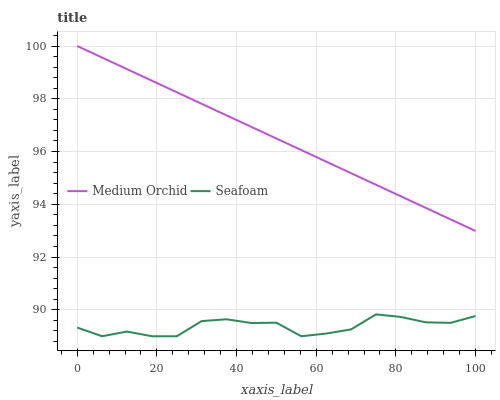
| xaxis_label | Medium Orchid | Seafoam |
 | --- | --- | --- |
 | 0 | 100 | 89.3 |
 | 6.25 | 99.6 | 89 |
 | 12.5 | 99.1 | 89.2 |
 | 18.8 | 98.7 | 89 |
 | 25 | 98.2 | 89 |
 | 31.2 | 97.8 | 89.6 |
 | 37.5 | 97.4 | 89.6 |
 | 43.8 | 96.9 | 89.5 |
 | 50 | 96.5 | 89.5 |
 | 56.2 | 96.1 | 89 |
 | 62.5 | 95.6 | 89.1 |
 | 68.8 | 95.2 | 89.3 |
 | 75 | 94.7 | 89.8 |
 | 81.2 | 94.3 | 89.7 |
 | 87.5 | 93.9 | 89.5 |
 | 93.8 | 93.4 | 89.5 |
 | 100 | 93 | 89.8 |